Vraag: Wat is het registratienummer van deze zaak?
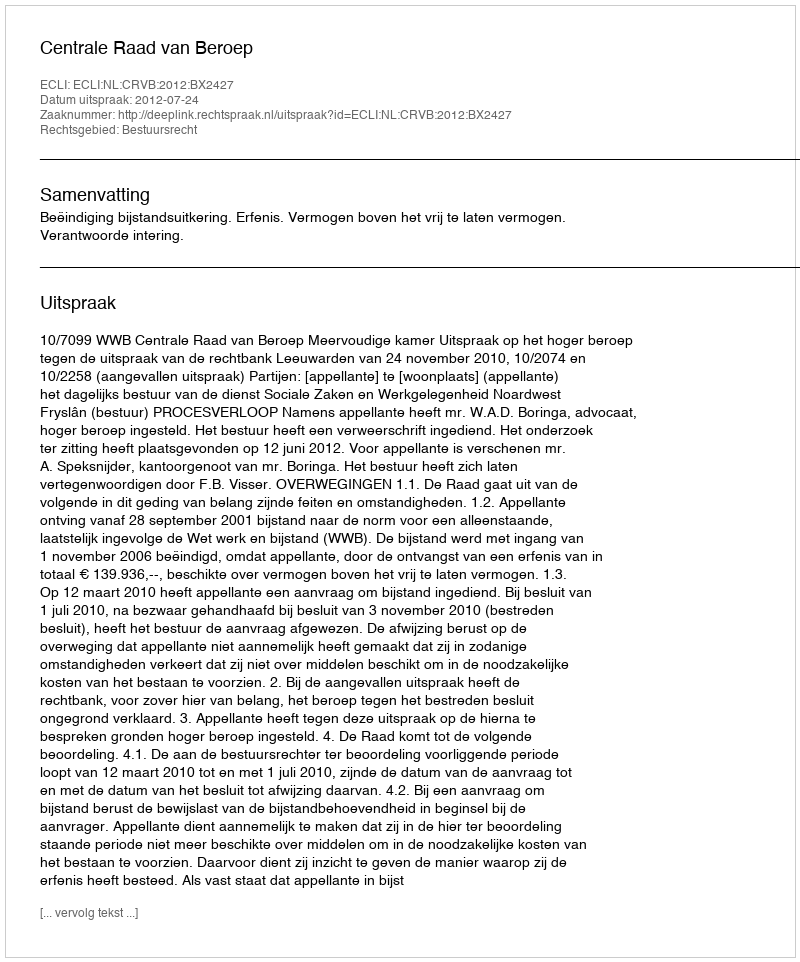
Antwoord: http://deeplink.rechtspraak.nl/uitspraak?id=ECLI:NL:CRVB:2012:BX2427